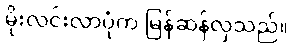
မိုးလင်းလာပုံက မြန်ဆန်လှသည်။